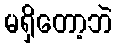
မရှိတော့ဘဲ